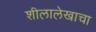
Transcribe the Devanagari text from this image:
शीलालेखाचा